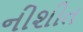
નીશીત